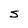
Character: s